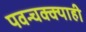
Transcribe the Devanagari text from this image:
पवन्चक्क्याही